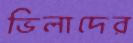
ভিলাদের